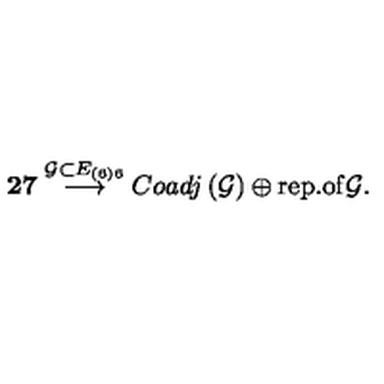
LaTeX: { \bf 2 7 } \stackrel { \mathcal { G } \subset E _ { \left( 6 \right) 6 } } { \longrightarrow } C o a d j \left( \mathcal { G } \right) \oplus \mathrm { r e p . o f } \mathcal { G } .